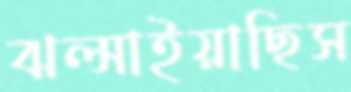
ঝল্‌সাইয়াছিস